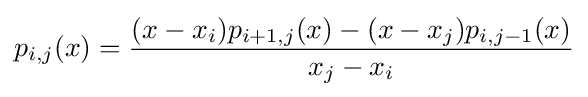
p_{i,j}(x)={\frac {(x-x_{i})p_{i+1,j}(x)-(x-x_{j})p_{i,j-1}(x)}{x_{j}-x_{i}}}